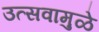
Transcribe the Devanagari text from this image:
उत्सवामुळे